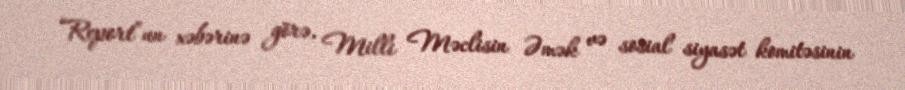
“Report”un xəbərinə görə, Milli Məclisin Əmək və sosial siyasət komitəsinin